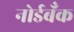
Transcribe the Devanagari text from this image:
नोर्डबँक